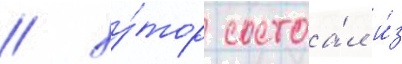
/ ху́тор состоа́л и́з